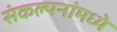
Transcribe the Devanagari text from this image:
संकल्पनांमध्ये